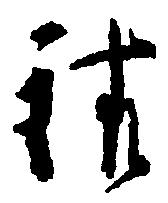
請